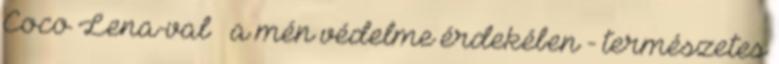
Coco Lena-val – a mén védelme érdekében - természetes